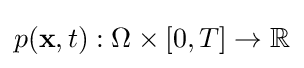
p(\mathbf {x} ,t):\Omega \times [0,T]\rightarrow \mathbb {R}